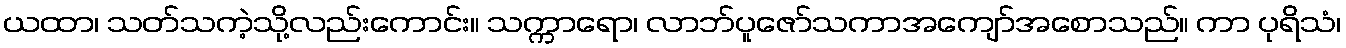
ယထာ၊ သတ်သကဲ့သို့လည်းကောင်း။ သက္ကာရော၊ လာဘ်ပူဇော်သကာအကျော်အစောသည်။ ကာ ပုရိသံ၊